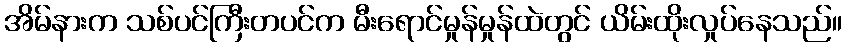
အိမ်နားက သစ်ပင်ကြီးတပင်က မီးရောင်မှုန်မှုန်ထဲတွင် ယိမ်းထိုးလှုပ်နေသည်။